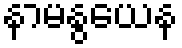
နာမနွယေန